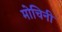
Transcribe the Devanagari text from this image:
मोचिनी